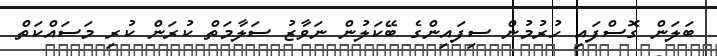
ބަލަން ގޮސްފައި ހުރުމުން ސިފައިންގެ ބޭކަލުން ނަވާޒު ސަލާމަތް ކުރަން ކުރި މަސައްކަތް